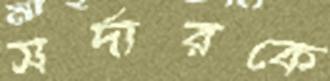
সর্দারকে